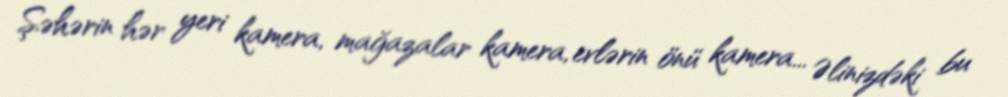
Şəhərin hər yeri kamera, mağazalar kamera, evlərin önü kamera... Əlinizdəki bu